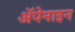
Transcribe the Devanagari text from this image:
ॲपेनाइन